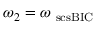
\omega _ { 2 } = \omega _ { \mathrm { \ s c s { B I C } } }